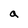
Character: a